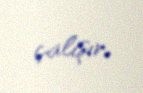
çalışır.